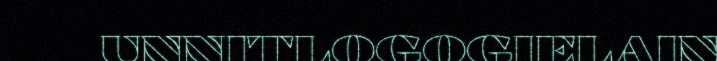
UNNITLOGOGIELAIN